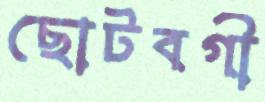
ছোটবগী